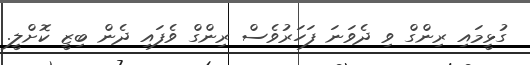
ގުޅީމައި ރިންގް ވި ދެވަނަ ފަހަރުވެސް ރިންގް ވެފައި ދެން ބިޒީ ކޮށްލީ.